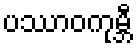
ပဿာဝကုမ္ဘီ